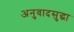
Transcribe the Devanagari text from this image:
अनुवादसुद्धा